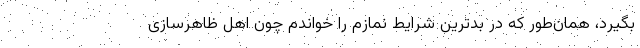
بگیرد، همان‌طور که در بدترین شرایط نمازم را خواندم چون اهل ظاهرسازی